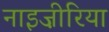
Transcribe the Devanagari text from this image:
नाइज़ीरिया